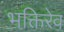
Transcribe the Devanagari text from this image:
भक्तिरेव